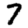
Digit: 7